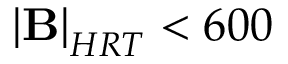
\mathbf { \left| B \right| } _ { H R T } < 6 0 0